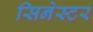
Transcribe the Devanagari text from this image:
सिनेस्टर